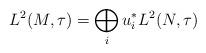
LaTeX: \begin{align*}L^2(M,\tau)=\bigoplus_i u_i^*L^2(N,\tau)\end{align*}